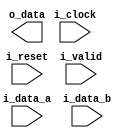
module polinomial_mult_koa_optimized_pipe_recursive
#(
    parameter                               NB_DATA = 128   ,
    parameter                               N_LOG_2 = 7     
)
(
    // OUTPUTS.
    output  reg     [ 2*NB_DATA-1-1 :0 ]    o_data      ,
    // INPUTS.
    input   wire    [ NB_DATA-1     :0 ]    i_data_a    ,
    input   wire    [ NB_DATA-1     :0 ]    i_data_b    ,
    input   wire                            i_clock     ,
    input   wire                            i_reset     ,
    input   wire                            i_valid
 ) ;

    // QUICK INSTANCE: BEGIN
    /*
    polinomial_mult_koa_optimized_pipe_recursive
    #(
      .NB_DATA  (  )
      )
    u_polinomial_mult_koa_optimized_pipe_recursive
    (
     // OUTPUTS.
     .o_data    (  ) ,
     // INPUTS.
     .i_data_a  (  ) ,
     .i_data_b  (  ) ,
     .i_clock   (  ) ,
     .i_reset   (  ) ,
     .i_valid   (  ) 
     ); */ // QUICK INSTANCE: END

    // LOCAL PARAMETERS.
    
    // Function "Change Endianness"
    function automatic [ NB_DATA-1:0 ] change_endianness;
    input [ NB_DATA-1:0 ]   i_array;
    integer         ji;
    begin
        for ( ji=NB_DATA; ji>0; ji=ji-1 )
          change_endianness[ NB_DATA-ji ] = i_array[ ji-1 ];
    end
    endfunction

    // INTERNAL SIGNALS.
    wire    [ NB_DATA-1     : 0 ]   data_a      ;
    wire    [ NB_DATA-1     : 0 ]   data_b      ;
    wire    [ NB_DATA/2-1   : 0 ]   data_a_high ;
    wire    [ NB_DATA/2-1   : 0 ]   data_a_low  ;
    wire    [ NB_DATA/2-1   : 0 ]   data_b_high ;
    wire    [ NB_DATA/2-1   : 0 ]   data_b_low  ;
    wire    [ NB_DATA/2-1   : 0 ]   ahl         ;
    wire    [ NB_DATA/2-1   : 0 ]   bhl         ;
    wire    [ NB_DATA-2     : 0 ]   dl          ;
    wire    [ NB_DATA-2     : 0 ]   dhl         ;
    wire    [ NB_DATA-2     : 0 ]   dhl_aux     ;
    wire    [ NB_DATA-2     : 0 ]   dh          ;
    wire    [ 2*NB_DATA-1-1 : 0 ]   d           ;
    reg     [ 2*NB_DATA-1-1 : 0 ]   subprod_a   ;

 /*  wire    [ 1             : 0 ]   dl_bin__h       [ N_LOG_2-1 : 0 ]   ;
    wire    [ 1             : 0 ]   dhl_aux_bin__h  [ N_LOG_2-1 : 0 ]   ;
    wire    [ 1             : 0 ]   dhl_bin__h      [ N_LOG_2-1 : 0 ]   ;
    wire    [ 1             : 0 ]   dh_bin__h       [ N_LOG_2-1 : 0 ]   ;
    wire    [ 2             : 0 ]   d_bin__h        [ N_LOG_2-1 : 0 ]   ;

    wire    [ 1             : 0 ]   dl_bin__hl      [ N_LOG_2-1 : 0 ]   ;
    wire    [ 1             : 0 ]   dhl_aux_bin__hl [ N_LOG_2-1 : 0 ]   ;
    wire    [ 1             : 0 ]   dhl_bin__hl     [ N_LOG_2-1 : 0 ]   ;
    wire    [ 1             : 0 ]   dh_bin__hl      [ N_LOG_2-1 : 0 ]   ;
    wire    [ 2             : 0 ]   d_bin__hl       [ N_LOG_2-1 : 0 ]   ;

    wire    [ 1             : 0 ]   dl_bin__l       [ N_LOG_2-1 : 0 ]   ;
    wire    [ 1             : 0 ]   dhl_aux_bin__l  [ N_LOG_2-1 : 0 ]   ;
    wire    [ 1             : 0 ]   dhl_bin__l      [ N_LOG_2-1 : 0 ]   ;
    wire    [ 1             : 0 ]   dh_bin__l       [ N_LOG_2-1 : 0 ]   ;
    wire    [ 2             : 0 ]   d_bin__l        [ N_LOG_2-1 : 0 ]   ;*/

    integer                         i           ;
    genvar                          ii, jj      ;
    
    // ALGORITHM BEGIN.

    // Input rewire.
    assign data_a       
        = change_endianness( i_data_a ) ;
    assign data_b       
        = change_endianness( i_data_b ) ;
    
    // --- A
    assign data_a_high
        = data_a[ NB_DATA-1     : NB_DATA/2 ] ;
    assign data_a_low
        = data_a[ NB_DATA/2-1   : 0 ] ;
    // --- B
    assign data_b_high
        = data_b[ NB_DATA-1     : NB_DATA/2 ] ;
    assign data_b_low
        = data_b[ NB_DATA/2-1   : 0 ] ;

   /* generate
        if( NB_DATA == 2 ) begin
            assign dh
                = data_a_high & data_b_high ;
            assign dl
                = data_a_low & data_b_low ;
            assign dhl_aux
                = ( data_a_high ^ data_a_low ) & (data_b_high ^ data_b_low ) ;
            assign dhl
                =  dh ^ dhl_aux ^ dl ;

            assign d
                = {dh, 2'd0} ^ {dhl, 1'b0} ^ {dl} ;

        end else begin
            polinomial_mult_koa_optimized_pipe_recursive
            #(
              .NB_DATA  ( NB_DATA/2 )
              )
            u_polinomial_mult_koa_optimized_pipe_recursive_high
            (
             // OUTPUTS.
             .o_data    ( dh ) ,
             // INPUTS.
             .i_data_a  ( data_a_high ) ,
             .i_data_b  ( data_b_high ) ,
             .i_clock   ( i_clock ) ,
             .i_reset   ( i_reset ) ,
             .i_valid   ( i_valid ) 
             ); 

            polinomial_mult_koa_optimized_pipe_recursive
            #(
              .NB_DATA  ( NB_DATA/2 )
              )
            u_polinomial_mult_koa_optimized_pipe_recursive_mid
            (
             // OUTPUTS.
             .o_data    ( dhl_aux ) ,
             // INPUTS.
             .i_data_a  ( data_a_high ^ data_a_low ) ,
             .i_data_b  ( data_b_high ^ data_b_low ) ,
             .i_clock   ( i_clock ) ,
             .i_reset   ( i_reset ) ,
             .i_valid   ( i_valid ) 
             ); 

            polinomial_mult_koa_optimized_pipe_recursive
            #(
              .NB_DATA  ( NB_DATA/2 )
              )
            u_polinomial_mult_koa_optimized_pipe_recursive_low
            (
             // OUTPUTS.
             .o_data    ( dl ) ,
             // INPUTS.
             .i_data_a  ( data_a_low ) ,
             .i_data_b  ( data_b_low ) ,
             .i_clock   ( i_clock ) ,
             .i_reset   ( i_reset ) ,
             .i_valid   ( i_valid ) 
             );

            assign dhl
                = dh ^ dhl_aux ^ dl ;

            assign d
                = { dh, {NB_DATA{1'b0}} }                   ^ 
                            { dhl,  {(NB_DATA/2){1'b0}} }   ^
                                    {dl}                    ;

        end
    endgenerate

    // OUTPUT CALCULATION 
    // Change endianess again, to get output in correct form
    always @( * ) begin
        for ( i=0; i<=2*NB_DATA-2; i=i+1 )
        begin: for_gen_change_endianness
            subprod_a[ i ] = d[ 2*NB_DATA-2-i] ;
        end
    end

    always @( * ) begin
        if ( i_reset )
            o_data  <= { (2*NB_DATA-1){1'b0} } ;
        else
            o_data  <= subprod_a ;
    end
*/

    generate
        for( ii=1; ii<N_LOG_2; ii=ii+1 )
        begin: genfor_depth
            for( jj=0; jj<3**(ii-1); jj=jj+1 )
            begin: genfor_width

                // HIGH
                // --- A
                wire [ (NB_DATA/(2**ii))-1   : 0 ] h_a_h ;
                wire [ (NB_DATA/(2**ii))-1   : 0 ] h_a_l ;
                wire [ (NB_DATA/(2**ii))-1   : 0 ] h_a_hl ;
                // --- B
                wire [ (NB_DATA/(2**ii))-1   : 0 ] h_b_h ;
                wire [ (NB_DATA/(2**ii))-1   : 0 ] h_b_l ;
                wire [ (NB_DATA/(2**ii))-1   : 0 ] h_b_hl ;

                // MID
                // --- A
                wire [ (NB_DATA/(2**ii))-1   : 0 ] m_a_h ;
                wire [ (NB_DATA/(2**ii))-1   : 0 ] m_a_l ;
                wire [ (NB_DATA/(2**ii))-1   : 0 ] m_a_hl ;               
                // --- B
                wire [ (NB_DATA/(2**ii))-1   : 0 ] m_b_h ;
                wire [ (NB_DATA/(2**ii))-1   : 0 ] m_b_l ;
                wire [ (NB_DATA/(2**ii))-1   : 0 ] m_b_hl ;


                // LOW
                // --- A
                wire [ (NB_DATA/(2**ii))-1   : 0 ] l_a_h ;
                wire [ (NB_DATA/(2**ii))-1   : 0 ] l_a_l ;
                wire [ (NB_DATA/(2**ii))-1   : 0 ] l_a_hl ;               
                // --- B
                wire [ (NB_DATA/(2**ii))-1   : 0 ] l_b_h ;
                wire [ (NB_DATA/(2**ii))-1   : 0 ] l_b_l ;
                wire [ (NB_DATA/(2**ii))-1   : 0 ] l_b_hl ;


                if( ii == 1 )
                begin: first_mult
                    // --- A
                    assign h_a_h
                        = data_a[ NB_DATA-1     : NB_DATA/2 ] ;
                    assign h_a_l
                        = data_a[ NB_DATA/2-1   : 0 ] ;
                    // --- B
                    assign h_b_h
                        = data_b[ NB_DATA-1     : NB_DATA/2 ] ;
                    assign h_b_l
                        = data_b[ NB_DATA/2-1   : 0 ] ;
                end else
                begin: rest_of_mults
                    // HIGH
                    // --- A
                    assign h_a_h
                        = genfor_depth[ii-1].genfor_width[jj].h_a_h[ (NB_DATA/(2**(ii-1)))-1       : (NB_DATA/(2**(ii-1)))/2    ] ;
                    // assign h_a_l
                    //     = genfor_depth[ii-1].genfor_width[jj].h_a_h[ ((NB_DATA/(2**(ii-1)))/2)-1   : 0                          ] ;
                    // --- B

                    // // MID
                    // // --- A
                    // assign m_a_h
                    //     = genfor_depth[ii-1].genfor_width[0].m_a_h[ (NB_DATA/2*(ii-1))-1     : (NB_DATA/2*(ii-1))/2 ] ;
                    // assign m_a_l
                    //     = genfor_depth[ii-1].genfor_width[0].m_a_l[ ((NB_DATA/2*(ii-1))/2)-1 : 0] ;
                    // // // --- B

                    // // // LOW
                    // // // --- A
                    // assign l_a_h
                    //     = genfor_depth[ii-1].genfor_width[0].l_a_h[ (NB_DATA/2*(ii-1))-1     : (NB_DATA/2*(ii-1))/2 ] ;
                    // assign l_a_l
                    //     = genfor_depth[ii-1].genfor_width[0].l_a_l[ ((NB_DATA/2*(ii-1))/2)-1 : 0] ;
                    // // // --- B
                end
                // HIGH
                // --- A
                assign h_a_hl
                    = h_a_h ^ h_a_l ;
                // --- B
                assign h_b_hl
                    = h_b_h ^ h_b_l ;
                
                // MID
                // --- A
                assign m_a_hl
                    = m_a_h ^ m_a_l ;
                // --- B
                assign m_b_hl
                    = m_b_h ^ m_b_l ;
                
                // LOW
                // --- A
                assign l_a_hl
                    = l_a_h ^ l_a_l ;
                // --- B
                assign h_b_hl
                    = l_b_h ^ l_b_l ;


            end   

        /*   if( ii == N_LOG_2-1 ) begin
                assign d_h
                    = a_h & b_h ;

                assign d_hl_aux
                    = a_hl & b_hl ;

                assign d_l
                    = a_l & b_l ;

                assign d_hl
                    = d_h ^ d_hl ^ d_l ;

                assign d
                    = { d_h, 2'd0 } ^ { d_hl, 1'b0 } ^ { d_l } ;
           end else begin
               
           end
*/

            // assign a_l
            //     = data_a[ NB_DATA-1      :(NB_DATA/(2**ii)) ] ;                        
        end
    endgenerate

endmodule